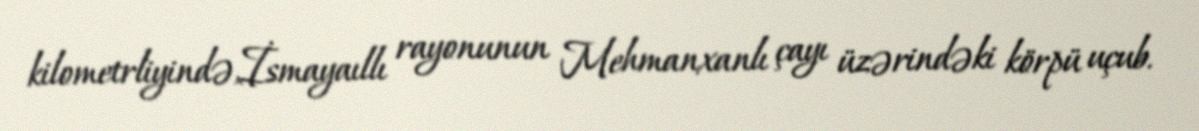
kilometrliyində,İsmayaıllı rayonunun Mehmanxanlı çayı üzərindəki körpü uçub.